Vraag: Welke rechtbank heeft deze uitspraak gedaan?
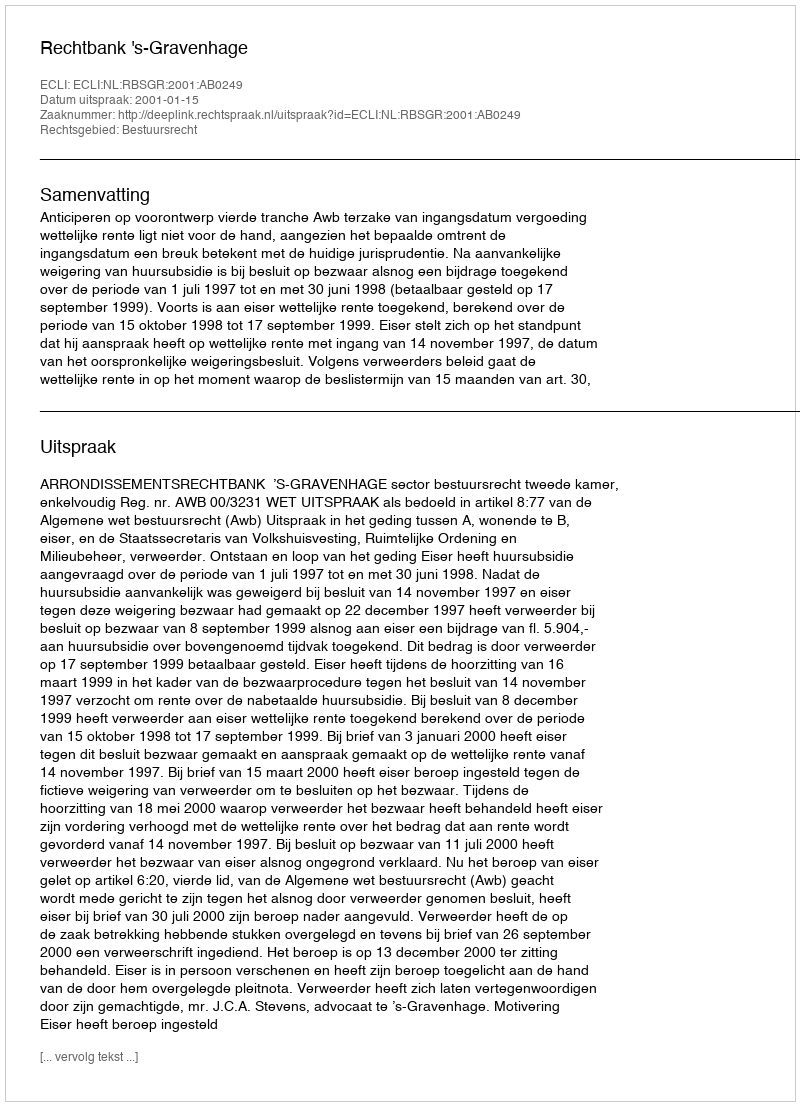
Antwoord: Rechtbank 's-Gravenhage